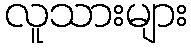
လူသားများ